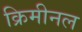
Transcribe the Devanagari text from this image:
क्रिमीनल